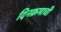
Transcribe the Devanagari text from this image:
दिनक्रमाची